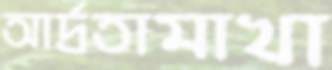
আর্দ্রতামাখা